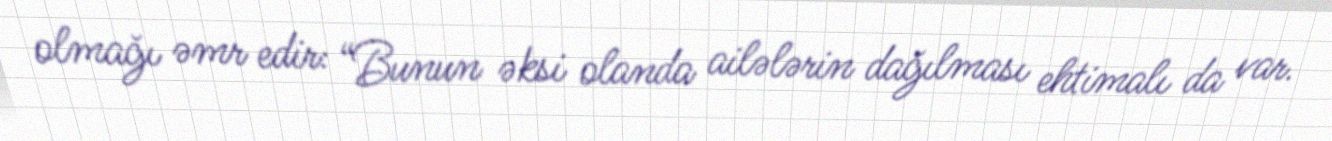
olmağı əmr edir: “Bunun əksi olanda ailələrin dağılması ehtimalı da var.